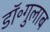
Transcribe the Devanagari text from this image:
डॉ॰गुलाब